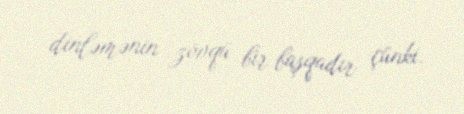
dinləmənin zövqü bir başqadır çünki.